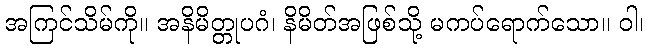
အကြင်သိမ်ကို။ အနိမိတ္တုပဂံ၊ နိမိတ်အဖြစ်သို့ မကပ်ရောက်သော။ ဝါ၊